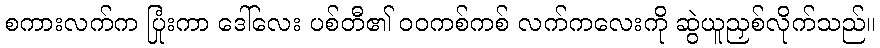
စကားလက်က ပြုံးကာ ဒေါ်လေး ပစ်တီ၏ ဝဝကစ်ကစ် လက်ကလေးကို ဆွဲယူညှစ်လိုက်သည်။